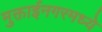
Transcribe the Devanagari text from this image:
मुक्ताईनगरमध्ये